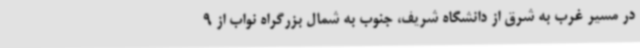
در مسیر غرب به شرق از دانشگاه شریف، جنوب به شمال بزرگراه نواب از 9